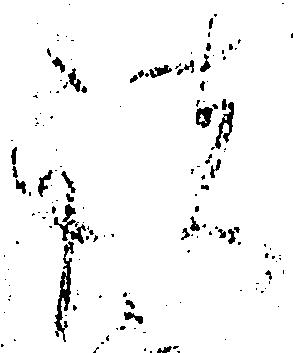
諸